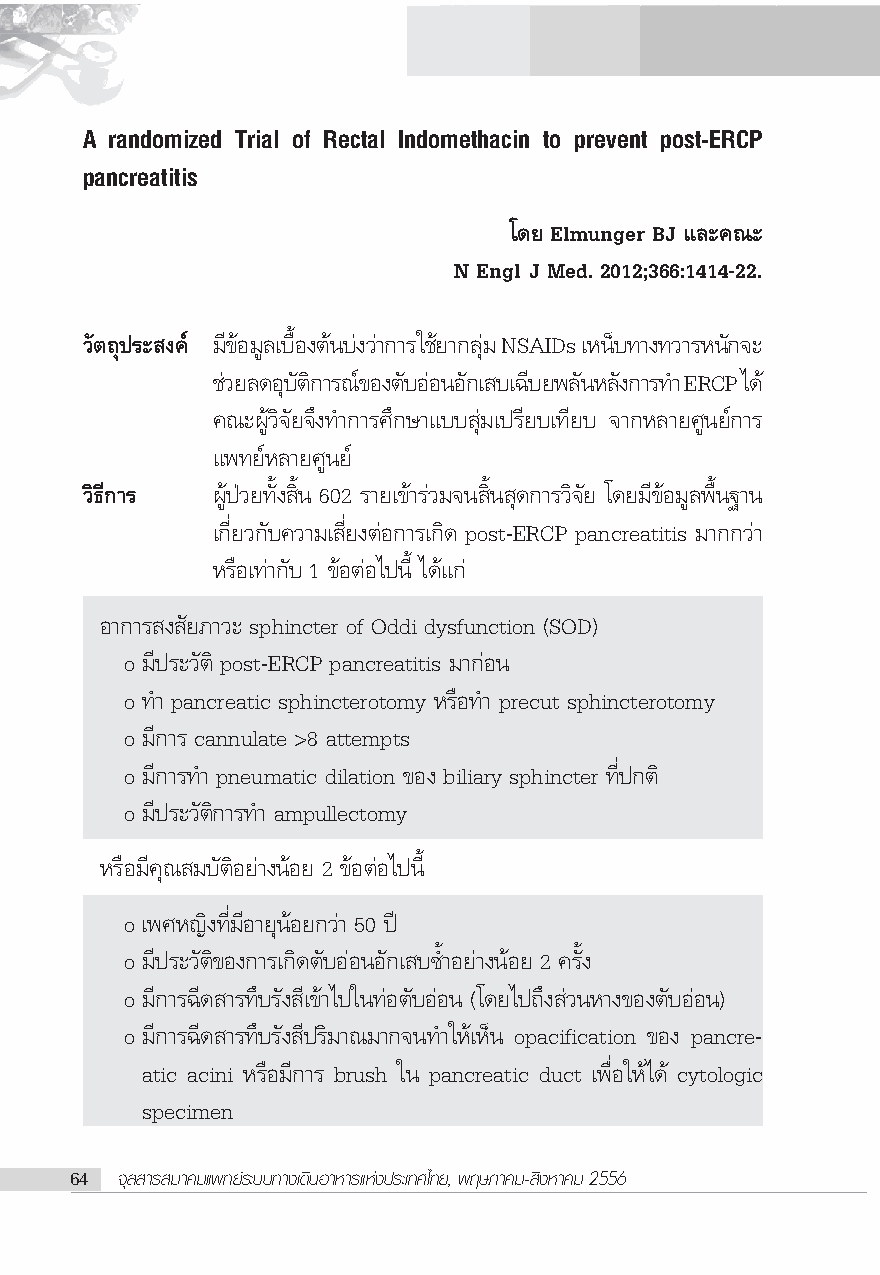
A randomized Trial of Rectal Indomethacin to prevent post-ERCP
 pancreatitis
 ‚¥¬ Elmunger BJ ·≈–§≥–
 N Engl J Med. 2012;366:1414-22.
 «—μ∂ÿª√– ß§å ¡’¢âÕ¡≈Ÿ ‡∫◊ÈÕßμâπ∫àß«à“°“√„™â¬“°≈ÿà¡ NSAIDs ‡ÀπÁ∫∑“ß∑«“√Àπ—°®–
 ™«à ¬≈¥Õ∫ÿ μ— °‘ “√≥¢å Õßμ∫— ÕÕà πÕ°— ‡ ∫‡©∫’ ¬æ≈π— À≈ß— °“√∑” ERCP ‰¥â
 §≥–ºŸâ«‘®—¬®÷ß∑”°“√»÷°…“·∫∫ ÿà¡‡ª√’¬∫‡∑’¬∫ ®“°À≈“¬»Ÿπ¬å°“√
 ·æ∑¬åÀ≈“¬»Ÿπ¬å
 «‘∏’°“√  ºŸâªÉ«¬∑—Èß ‘Èπ 602 √“¬‡¢â“√à«¡®π ‘Èπ ÿ¥°“√«‘®—¬ ‚¥¬¡’¢âÕ¡Ÿ≈æ◊Èπ∞“π
 ‡°’Ë¬«°—∫§«“¡‡ ’Ë¬ßμàÕ°“√‡°‘¥ post-ERCP pancreatitis ¡“°°«à“
 À√◊Õ‡∑à“°—∫ 1 ¢âÕμàÕ‰ªπ’È ‰¥â·°à
 Õ“°“√ ß —¬¿“«– sphincter of Oddi dysfunction (SOD)
 o ¡’ª√–«—μ‘ post-ERCP pancreatitis ¡“°àÕπ
 o ∑” pancreatic sphincterotomy À√◊Õ∑” precut sphincterotomy
 o ¡’°“√ cannulate >8 attempts
 o ¡’°“√∑” pneumatic dilation ¢Õß biliary sphincter ∑’Ëª°μ‘
 o ¡’ª√–«—μ‘°“√∑” ampullectomy
 À√◊Õ¡’§ÿ≥ ¡∫—μ‘Õ¬à“ßπâÕ¬ 2 ¢âÕμàÕ‰ªπ’È
 o ‡æ»À≠‘ß∑’Ë¡’Õ“¬ÿπâÕ¬°«à“ 50 ªï
 o ¡’ª√–«—μ‘¢Õß°“√‡°‘¥μ—∫ÕàÕπÕ—°‡ ∫´È”Õ¬à“ßπâÕ¬ 2 §√—Èß
 o ¡’°“√©’¥ “√∑÷∫√—ß ’‡¢â“‰ª„π∑àÕμ—∫ÕàÕπ (‚¥¬‰ª∂÷ß à«πÀ“ß¢Õßμ—∫ÕàÕπ)
 o ¡’°“√©’¥ “√∑÷∫√—ß ’ª√‘¡“≥¡“°®π∑”„Àâ‡ÀÁπ opacification ¢Õß pancre-
 atic acini À√◊Õ¡’°“√ brush „π pancreatic duct ‡æ◊ËÕ„Àâ‰¥â cytologic
 specimen
 64 ®ÿ≈ “√ ¡“§¡·æ∑¬å√–∫∫∑“ß‡¥‘πÕ“À“√·Ààßª√–‡∑»‰∑¬, æƒ…¿“§¡- ‘ßÀ“§¡ 2556